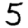
Digit: 5